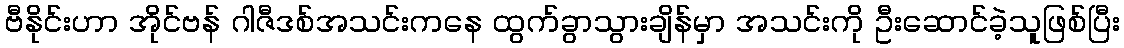
ဗီနိုင်းဟာ အိုင်ဗန် ဂါဇီဒစ်အသင်းကနေ ထွက်ခွာသွားချိန်မှာ အသင်းကို ဦးဆောင်ခဲ့သူဖြစ်ပြီး